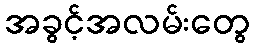
အခွင့်အလမ်းတွေ